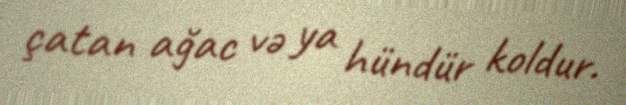
çatan ağac və ya hündür koldur.